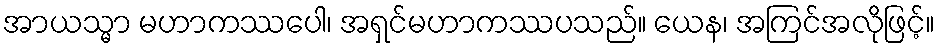
အာယသ္မာ မဟာကဿပေါ၊ အရှင်မဟာကဿပသည်။ ယေန၊ အကြင်အလိုဖြင့်။